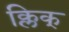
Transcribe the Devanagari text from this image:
क्लिक्